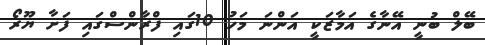
ބޭލް ބުނީ އޭނާގެ އަމާޒަކީ އަންނަ މަހު 10ގައި ފްރާންސްގައި ފަށާ ޔޫރޯ